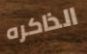
الذاكره